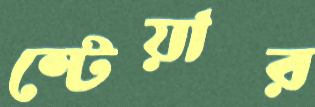
স্টেয়ার